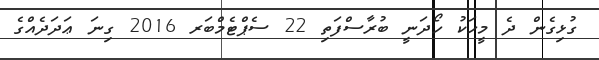
ގުޅިގެން ދެ މީހަކު ހޯދަނީ ބުރާސްފަތި 22 ސެޕްޓެމްބަރ 2016 ގިނަ ޢަދަދެއްގެ